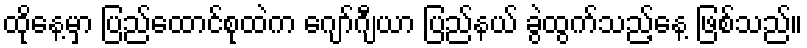
ထိုနေ့မှာ ပြည်ထောင်စုထဲက ဂျော်ဂျီယာ ပြည်နယ် ခွဲထွက်သည့်နေ့ ဖြစ်သည်။